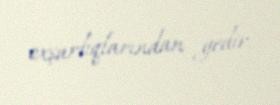
oxşarlıqlarından gedir.